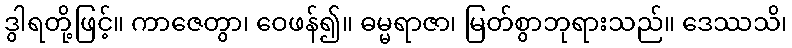
ဒွါရတို့ဖြင့်။ ကာဇေတွာ၊ ဝေဖန်၍။ ဓမ္မရာဇာ၊ မြတ်စွာဘုရားသည်။ ဒေဿသိ၊